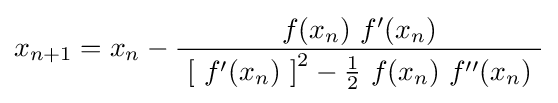
x_{n+1}=x_{n}-{\frac {\ f(x_{n})\ f'(x_{n})\ }{\ \left[\ f'(x_{n})\ \right]^{2}-{\tfrac {1}{2}}\ f(x_{n})\ f''(x_{n})\ }}